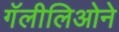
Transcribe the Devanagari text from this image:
गॅलीलिओने